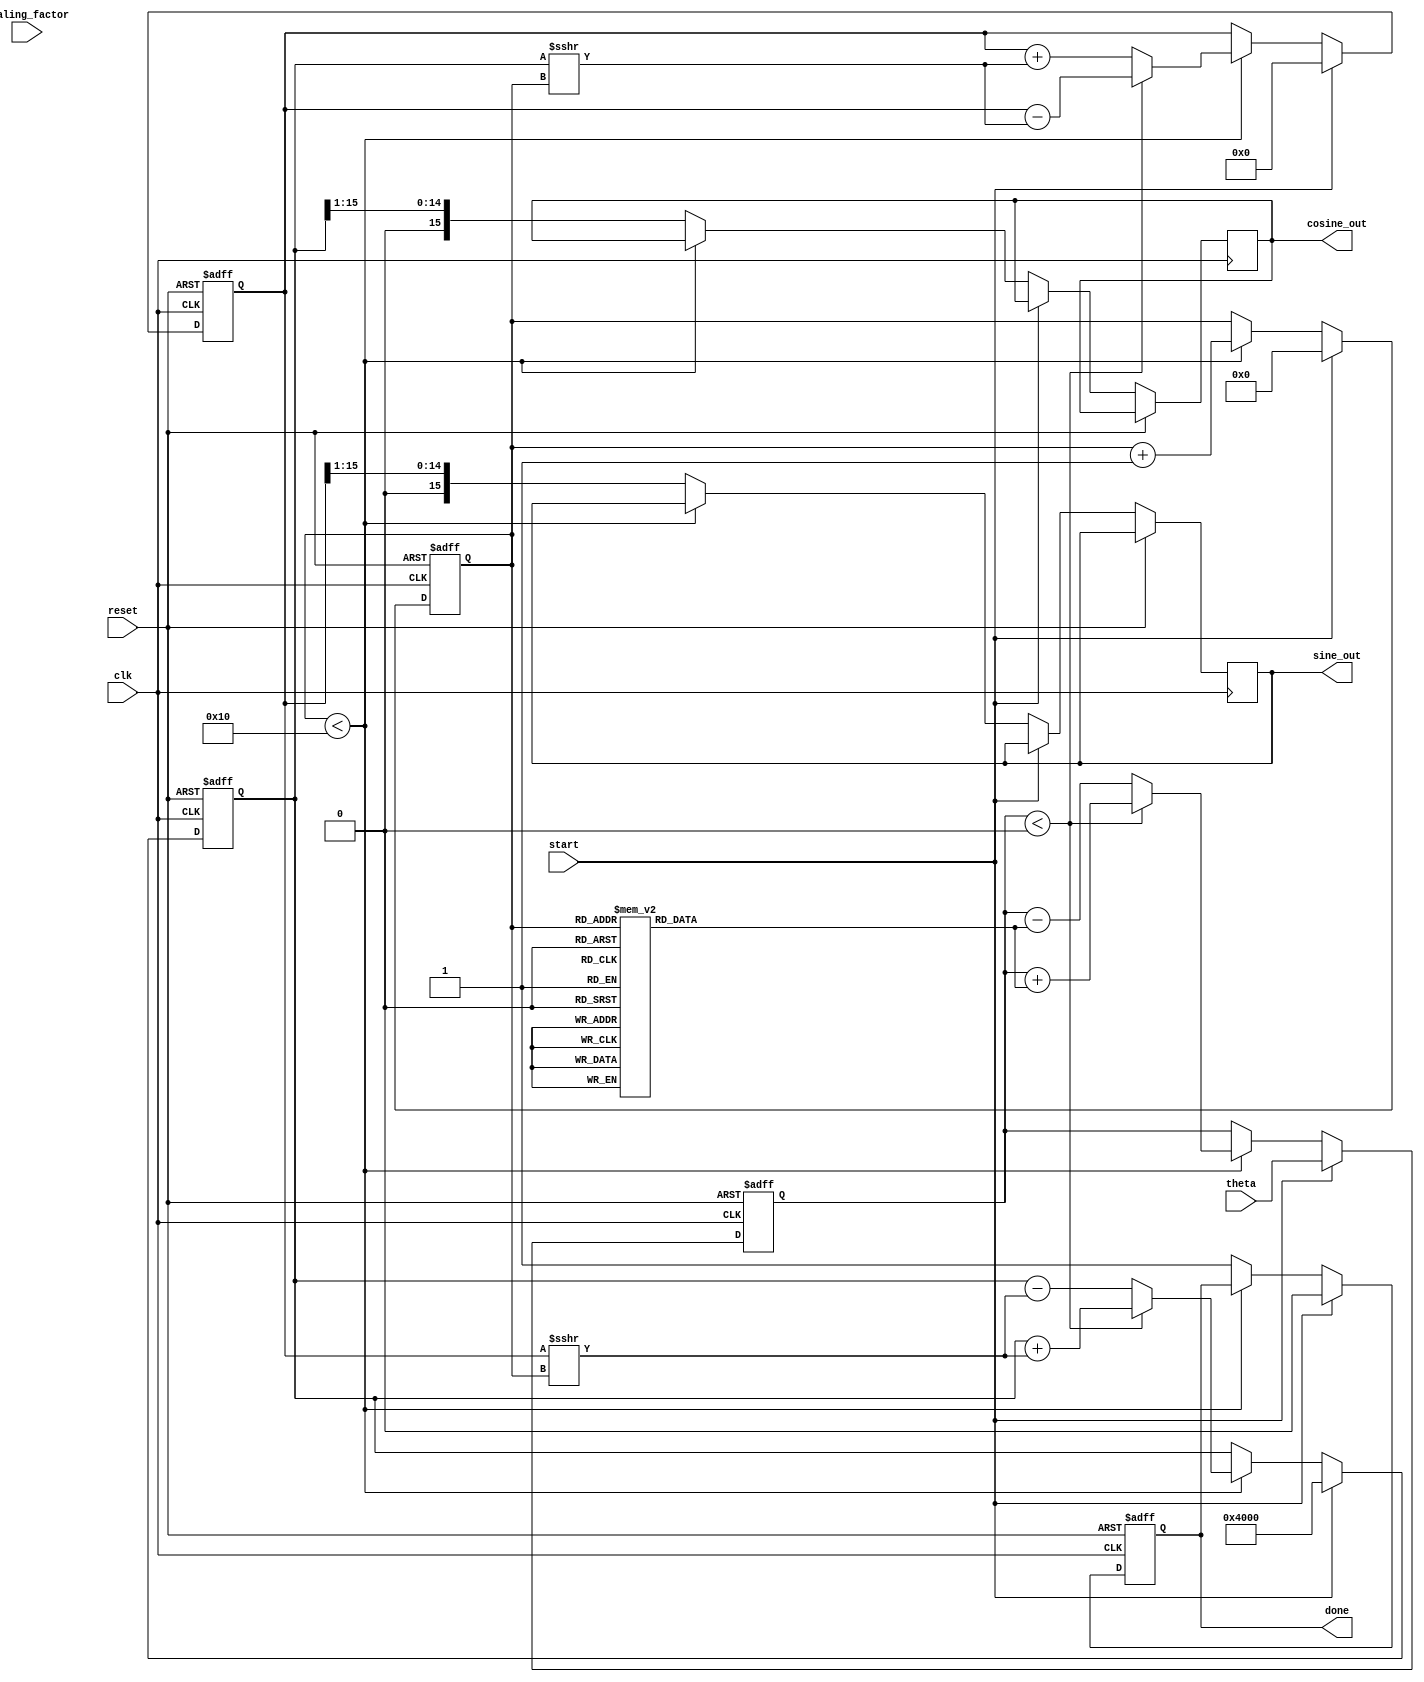
module Adaptive_CORDIC (
    input wire clk,
    input wire reset,
    input wire start,
    input wire [15:0] theta, // Input angle in fixed-point
    input wire [15:0] scaling_factor, // Scaling to adjust output
    output reg [15:0] sine_out,
    output reg [15:0] cosine_out,
    output reg done
);

    // Parameters
    parameter MAX_ITERATIONS = 16; // Max iterations
    reg [15:0] angle_table[MAX_ITERATIONS - 1:0]; // Angle table for arctangents
    reg [15:0] x_curr, y_curr;
    reg [15:0] angle_curr;
    reg [3:0] iteration;
    reg [3:0] num_iterations;

    // Initialize angle table
    initial begin
        angle_table[0] = 16'h3FFF; // atan(1) = 45 degrees in fixed-point
        angle_table[1] = 16'h1D10; // atan(0.5) = 26.565 degrees
        angle_table[2] = 16'h0C90; // atan(0.25) = 14.036 degrees
        // Fill remaining angles as needed
        // This can be further populated with corresponding arctan values
    end

    // Control Unit: manages state and iterations
    always @(posedge clk or posedge reset) begin
        if (reset) begin
            x_curr <= 16'h0000;
            y_curr <= 16'h0000;
            angle_curr <= 16'h0000;
            iteration <= 0;
            done <= 0;
        end else if (start) begin
            // Initialize for new computation
            x_curr <= 16'h4000; // Initial x = 1.0 in fixed-point
            y_curr <= 16'h0000; // Initial y = 0.0
            angle_curr <= theta;
            iteration <= 0;
            done <= 0;
            num_iterations <= 0; // Reset the iteration count
        end else if (iteration < MAX_ITERATIONS) begin
            // Adaptive CORDIC Iterations
            if (angle_curr < 0) begin
                x_curr <= x_curr + (y_curr >>> iteration);
                y_curr <= y_curr - (x_curr >>> iteration);
                angle_curr <= angle_curr + angle_table[iteration];
            end else begin
                x_curr <= x_curr - (y_curr >>> iteration);
                y_curr <= y_curr + (x_curr >>> iteration);
                angle_curr <= angle_curr - angle_table[iteration];
            end
            iteration <= iteration + 1;

            // Adaptive mechanism to check convergence, this can be customized
            if (angle_curr < 4'h1 && angle_curr > -4'h1 && num_iterations < MAX_ITERATIONS) begin
                num_iterations <= iteration; // Adjust number of iterations
            end

        end else begin
            // Output results after completion
            sine_out <= y_curr >>> 1; // Adjust for fixed-point scaling
            cosine_out <= x_curr >>> 1; // Adjust for fixed-point scaling
            done <= 1; // Indicate computation is done
        end
    end

endmodule